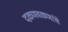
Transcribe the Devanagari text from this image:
दळणवळणांचे